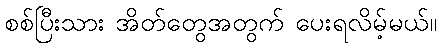
စစ်ပြီးသား အိတ်တွေအတွက် ပေးရလိမ့်မယ်။